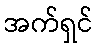
အက်ရှင်